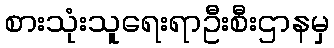
စားသုံးသူရေးရာဦးစီးဌာနမှ